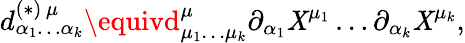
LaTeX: d_{\alpha_{1}\ldots\alpha_{k}}^{(\ast)\, \mu}\equivd_{\mu_{1}\ldots\mu_{k}}^{\mu}\partial_{\alpha_{1}}\mathit{X}^{\mu_{1}}\ldots\partial_{\alpha_{k}}\mathit{X}^{\mu_{k}},